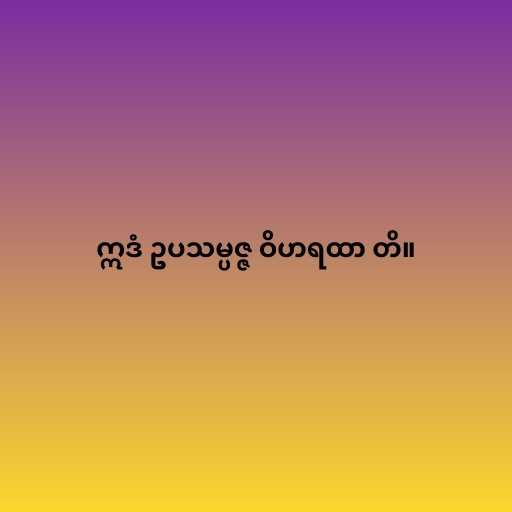
ဣဒံ ဥပသမ္ပဇ္ဇ ဝိဟရထာ တိ။